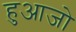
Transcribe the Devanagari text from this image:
हुआजो